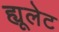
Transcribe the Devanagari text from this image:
ह्यूलेट